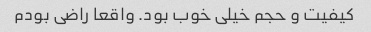
کیفیت و حجم خیلی خوب بود. واقعا راضی بودم